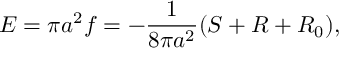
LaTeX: { \cal E } = \pi a ^ { 2 } f = - { \frac { 1 } { 8 \pi a ^ { 2 } } } ( S + R + R _ { 0 } ) ,